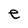
Character: e